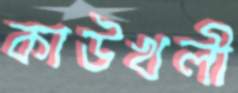
কাউখলী